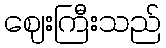
ဈေးကြီးသည်